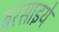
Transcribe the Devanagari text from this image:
बरसाइये